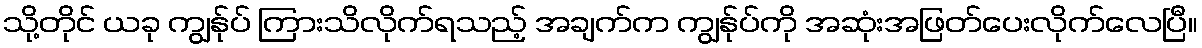
သို့တိုင် ယခု ကျွန်ုပ် ကြားသိလိုက်ရသည့် အချက်က ကျွန်ုပ်ကို အဆုံးအဖြတ်ပေးလိုက်လေပြီ။